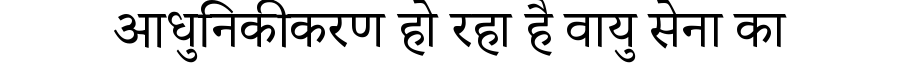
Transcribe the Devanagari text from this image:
आधुनिकीकरण हो रहा है वायु सेना का